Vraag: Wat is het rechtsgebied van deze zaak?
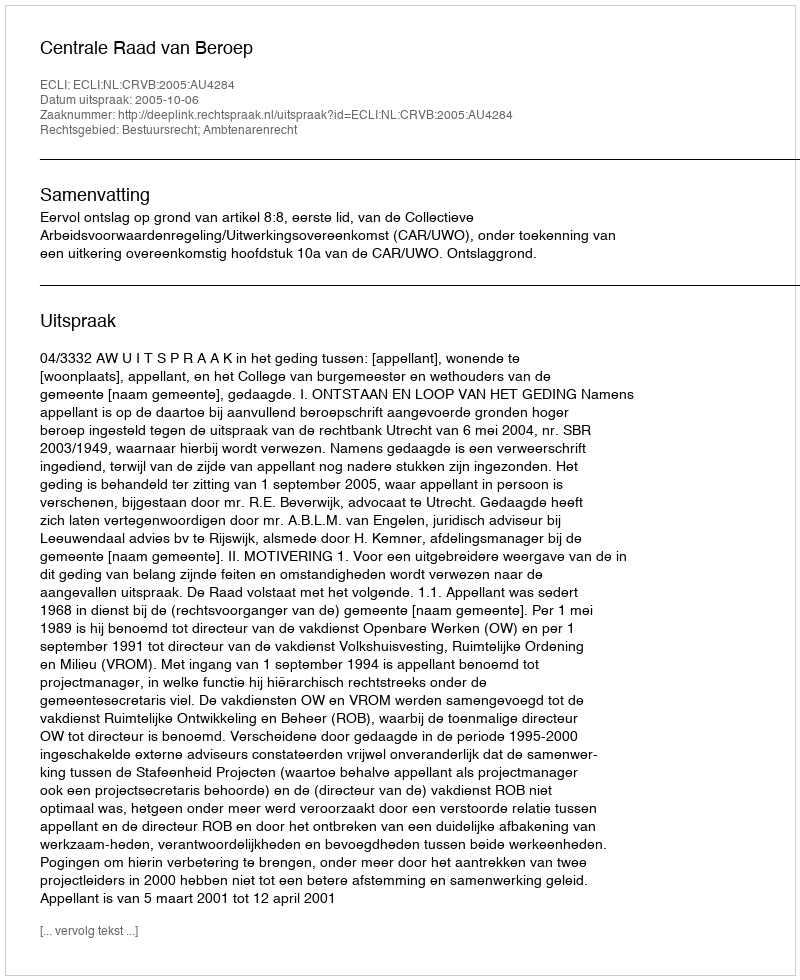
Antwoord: Bestuursrecht; Ambtenarenrecht